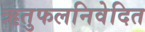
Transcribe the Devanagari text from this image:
ऋतुफलनिवेदित